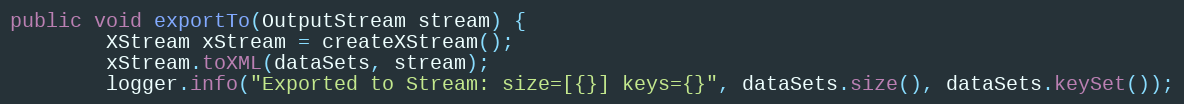
Language: Java
public void exportTo(OutputStream stream) {
		XStream xStream = createXStream();
		xStream.toXML(dataSets, stream);
		logger.info("Exported to Stream: size=[{}] keys={}", dataSets.size(), dataSets.keySet());